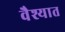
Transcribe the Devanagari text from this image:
वैश्यात